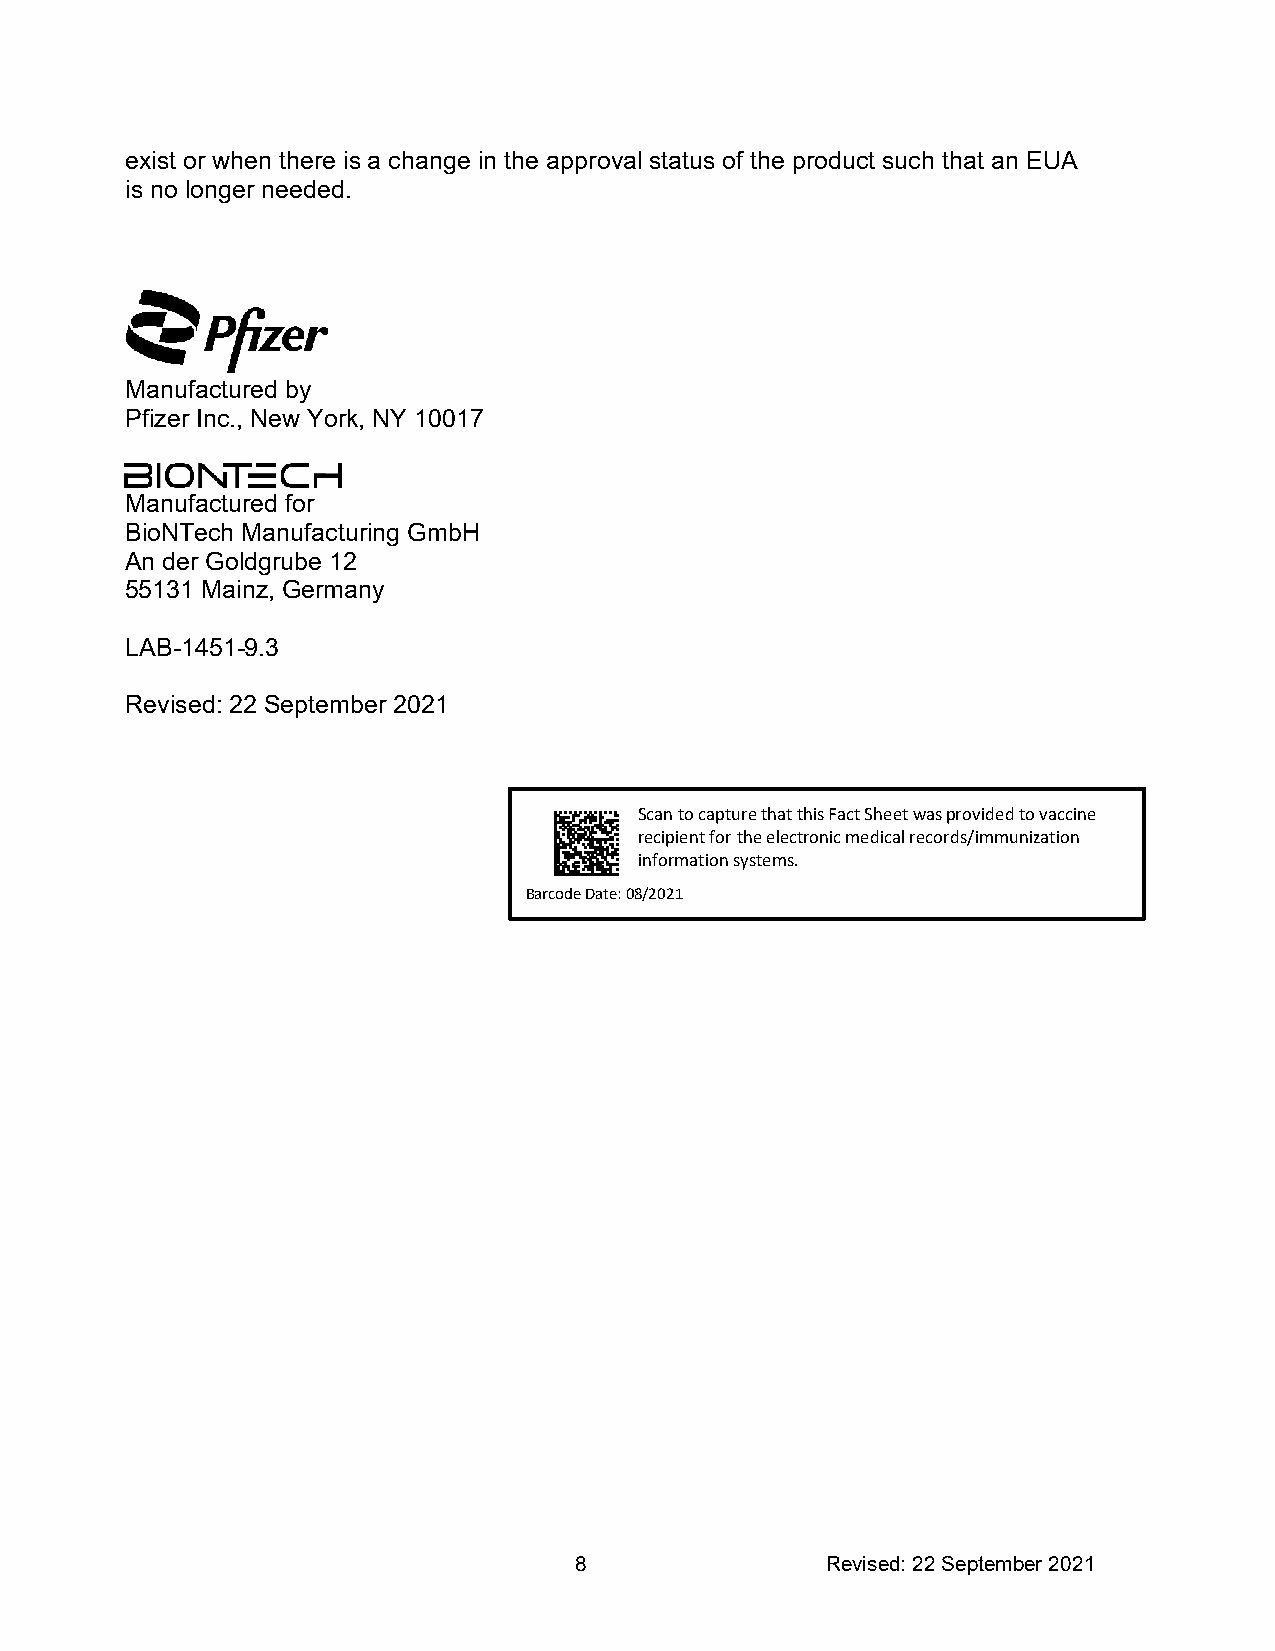
exist or when there is a change in the approval status of the product such that an EUA
 is no longer needed.
 Manufactured by
 Pfizer Inc., New York, NY 10017
 Manufactured for
 BioNTech Manufacturing GmbH
 An der Goldgrube 12
 55131 Mainz, Germany
 LAB-1451-9.3
 Revised: 22 September 2021
 Scan to capture that this Fact Sheet was provided to vaccine
 recipient for the electronic medical records/immunization
 information systems.
 Barcode Date: 08/2021
 8                Revised: 22 September 2021